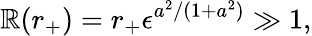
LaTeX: \mathbb{R}(r_{+})=r_{+}\epsilon^{a^{2}/(1+a^{2})}\gg1,